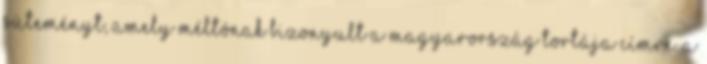
süteményt, amely méltónak bizonyult a Magyarország tortája címre. A